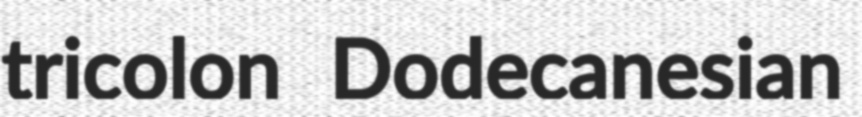
tricolon Dodecanesian